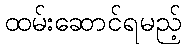
ထမ်းဆောင်ရမည့်